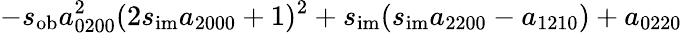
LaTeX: -s_{\mathrm{ob}}a_{0200}^{2}(2s_{\mathrm{im}}a_{2000}+1)^{2}+s_{\mathrm{im}}(s_{\mathrm{im}}a_{2200}-a_{1210})+a_{0220}